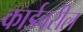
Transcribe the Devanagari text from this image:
कार्डवरील